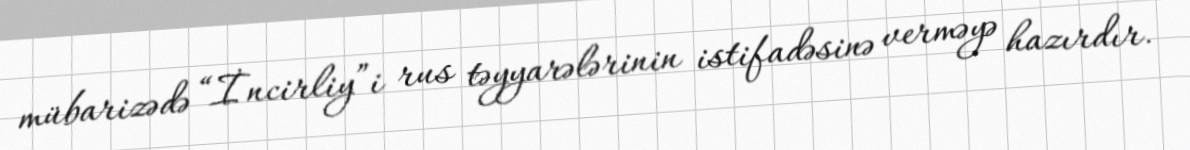
mübarizədə “İncirliy”i rus təyyarələrinin istifadəsinə verməyə hazırdır.